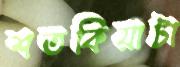
শতকিয়াটা